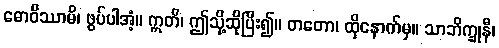
ဓောဝိဿာမိ၊ ဖွပ်ပါအံ့။ ဣတိ၊ ဤသို့ဆိုပြီး၍။ တတော၊ ထိုနောက်မှ။ သာဘိက္ခုနီ၊